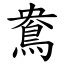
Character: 鴦